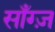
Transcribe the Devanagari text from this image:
साँग्ज़